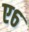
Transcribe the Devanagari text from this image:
ए६